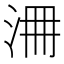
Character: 𣳷